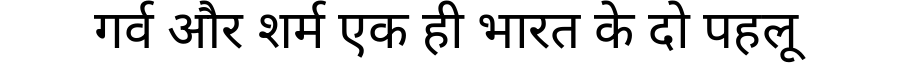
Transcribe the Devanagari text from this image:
गर्व और शर्म एक ही भारत के दो पहलू